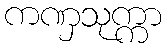
ကဏှသုက္ကာ